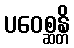
ပဝေစ္ဆန္တိ